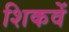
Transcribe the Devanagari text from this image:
शिकवें